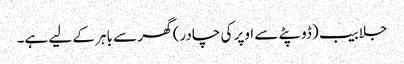
جلابیب (ڈوپٹے سے اوپر کی چادر) گھر سے باہر کے لیے ہے۔